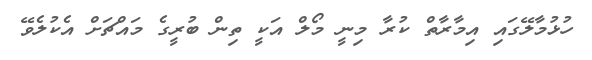
ހުޅުމާލޭގައި އިމާރާތް ކުރާ މިނީ މޯލް އަކީ ތިން ބުރީގެ މައްޗަށް އެކުލެވޭ